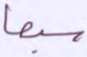
سبعا